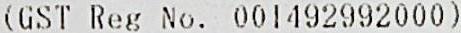
(GST REG NO. 001492992000)